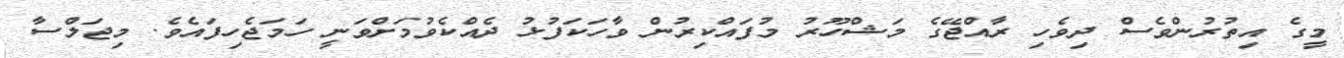
މީގެ އިތުރުންވެސް ދިވެހި ރާއްޖޭގެ މަޝްހޫރު މުފައްކިރުން ވާހަކަފުޅު ދެއްކެވުމަށްވަނީ ހަމަޖެހިފައެވެ. މިޖަލްސާ